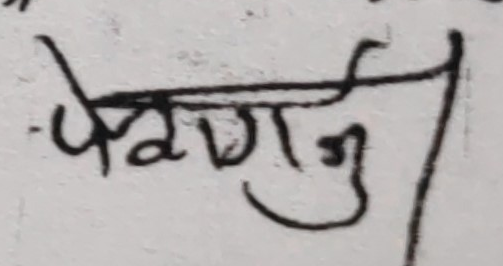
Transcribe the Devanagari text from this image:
पेरणु।